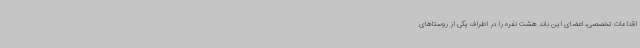
اقدامات تخصصی، اعضای این باند هشت نفره را در اطراف یکی از روستاهای